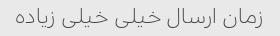
زمان ارسال خیلی خیلی زیاده